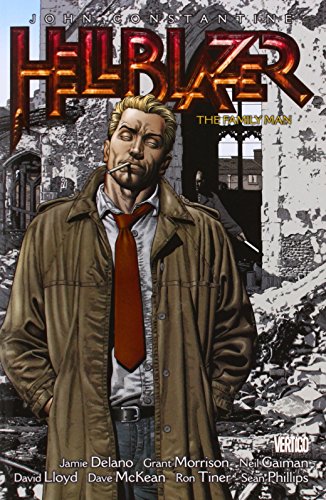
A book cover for John Constantine, Hellblazer Vol. 4: The Family Man (Hellblazer (Graphic Novels)); Jamie Delano; Comics & Graphic Novels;